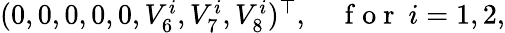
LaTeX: \begin{array}{r}{(0,0,0,0,0,V_{6}^{i},V_{7}^{i},V_{8}^{i})^{\top},\quad\mathrm{~f~o~r~}~i=1,2,}\end{array}